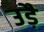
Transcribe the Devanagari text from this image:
उड़ै